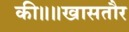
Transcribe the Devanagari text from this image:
की॥॥खासतौर